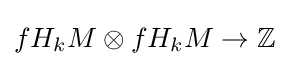
fH_{k}M\otimes fH_{k}M\to \mathbb {Z}